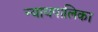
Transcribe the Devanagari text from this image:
न्‍यायपालिका